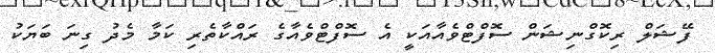
ފޭޝަލް ރިކޮގްނިޝަން ސޮފްޓްވެއާއަކީ އެ ސޮފްޓްވެއާގެ ރައްކާތެރި ކަމާ މެދު ގިނަ ބަޔަކު